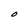
Character: O